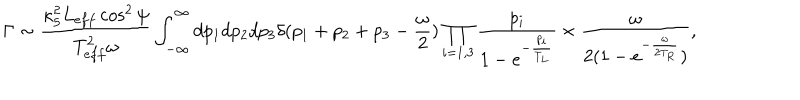
\Gamma \sim \frac { \kappa _ { 5 } ^ { 2 } L _ { e f f } \cos ^ { 2 } \psi } { T _ { e f f } ^ { 2 } \omega } \int _ { - \infty } ^ { \infty } d p _ { 1 } d p _ { 2 } d p _ { 3 } \delta ( p _ { 1 } + p _ { 2 } + p _ { 3 } - \frac { \omega } { 2 } ) \prod _ { i = 1 , 3 } \frac { p _ { i } } { 1 - e ^ { - \frac { p _ { i } } { T _ { L } } } } \times \frac { \omega } { 2 ( 1 - e ^ { - \frac { \omega } { 2 T _ { R } } } ) } ,